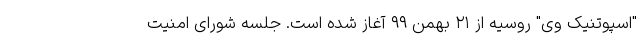
"اسپوتنیک وی" روسیه از ۲۱ بهمن ۹۹ آغاز شده است. جلسه شورای امنیت